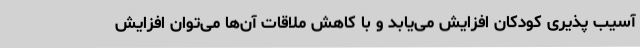
آسیب پذیری کودکان افزایش می‌یابد و با کاهش ملاقات آن‌ها می‌توان افزایش